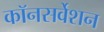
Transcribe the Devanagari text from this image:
कॉनसर्वेशन